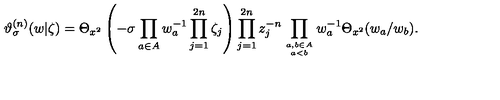
\vartheta _ { \sigma } ^ { ( n ) } ( w | \zeta ) = \Theta _ { x ^ { 2 } } \left( - \sigma \prod _ { a \in A } w _ { a } ^ { - 1 } \prod _ { j = 1 } ^ { 2 n } \zeta _ { j } \right) \prod _ { j = 1 } ^ { 2 n } z _ { j } ^ { - n } \prod _ { a , b \in A \atop a < b } w _ { a } ^ { - 1 } \Theta _ { x ^ { 2 } } ( w _ { a } / w _ { b } ) .